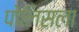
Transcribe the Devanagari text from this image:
पोलिसला